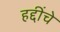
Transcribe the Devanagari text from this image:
हद्दींचे